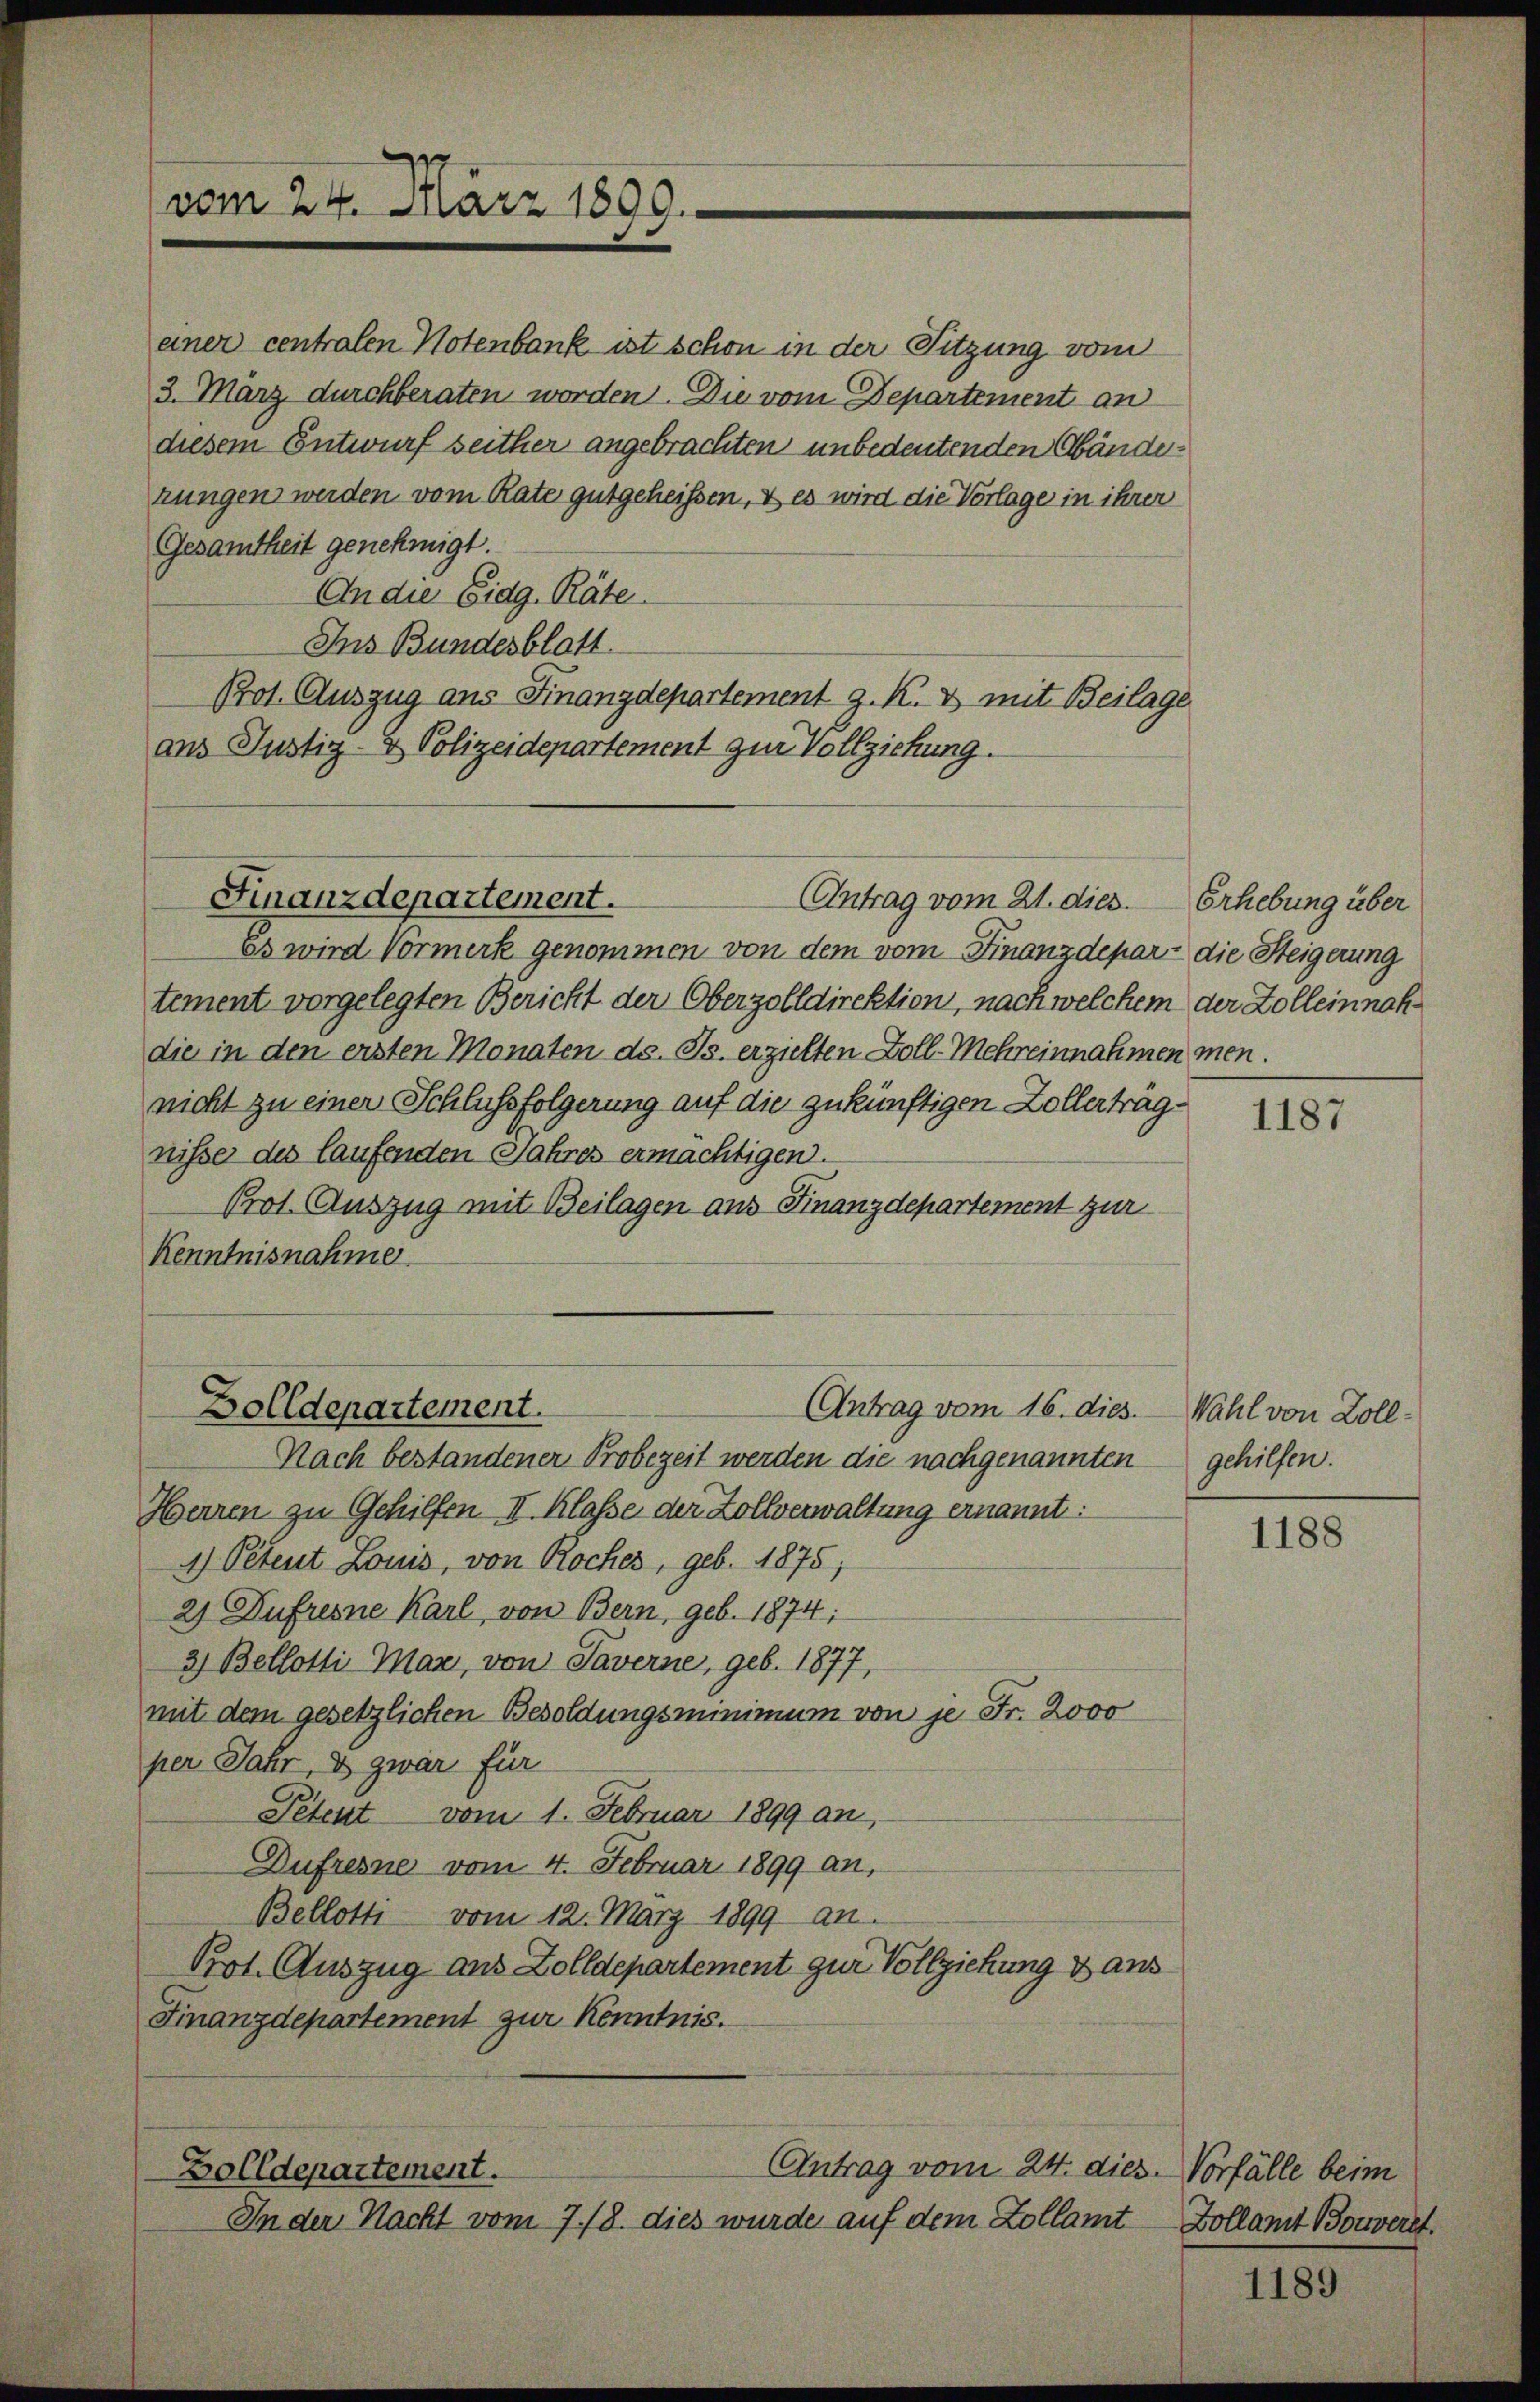
vom 24. März 1800.

einer centralen Notenbank ist schon in der Sitzung vom
3. März durchberaten worden. Die vom Departement an
diesem Entwurf seither angebrachten unbedeutenden Abänderrungen werden vom Rate gutgeheißen, & es wird die Vorlage in ihrer
Gesamtheit genehmigt.
An die Eidg. Räte
Ins Bundesblatt
Prot. Auszug aus Finanzdepartement z. K. & mit Beilage
ans Justiz- & Polizeidepartement zur Vollziehung.

Es wird Vormerk genommen von dem vom Finanzdepar- die Steigerung
tement vorgelegten Bericht der Oberzolldirektion, nach welchem der Zolleinnahdie in den ersten Monaten ds. Js. erzielten Zoll-Mehreinnahmen men.
nicht zu einer Schlussfolgerung auf die zukünftigen Zollerträgnisse des laufenden Jahres ermächtigen.
Prot. Auszug mit Beilagen aus Finanzdepartement zur
Kenntnisnahme.

Finanzdepartement.
Antrag vom 21. dies

Zolldepartement.

Zolldepartement.

Antrag vom 16. dies. — Wahl von Zoll¬
Nach bestandener Probezeit werden die nachgenannten
Herren zu Gehilfen II. Klasse der Zollverwaltung ernannt:
4) Petent Louis, von Roches, geb. 1875;
2) Zufresne Karl, von Bern, geb. 1874;
3) Bellotti-Mar, von Taverne, geb. 1877,
mit dem gesetzlichen Besoldungsminimum von je Fr. 2000
per Jahr, & zwar für
Petent vom 1. Februar 1899 an,
Dufresne vom 4. Februar 1899 an,
Bellotti vom 12. März 1899 an.
Prot. Auszug aus Zolldepartement zur Vollziehung & aus
Finanzdepartement zur Kenntnis.

Antrag vom 24. dies Vorfälle beim
In der Nacht vom 7./8. dies wurde auf dem Zollamt

Erhebung über

1187

gehilfen.

1188

Zollamt Bouveret.

1189